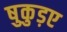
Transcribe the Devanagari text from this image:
षुकुड़ए